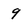
Character: 9